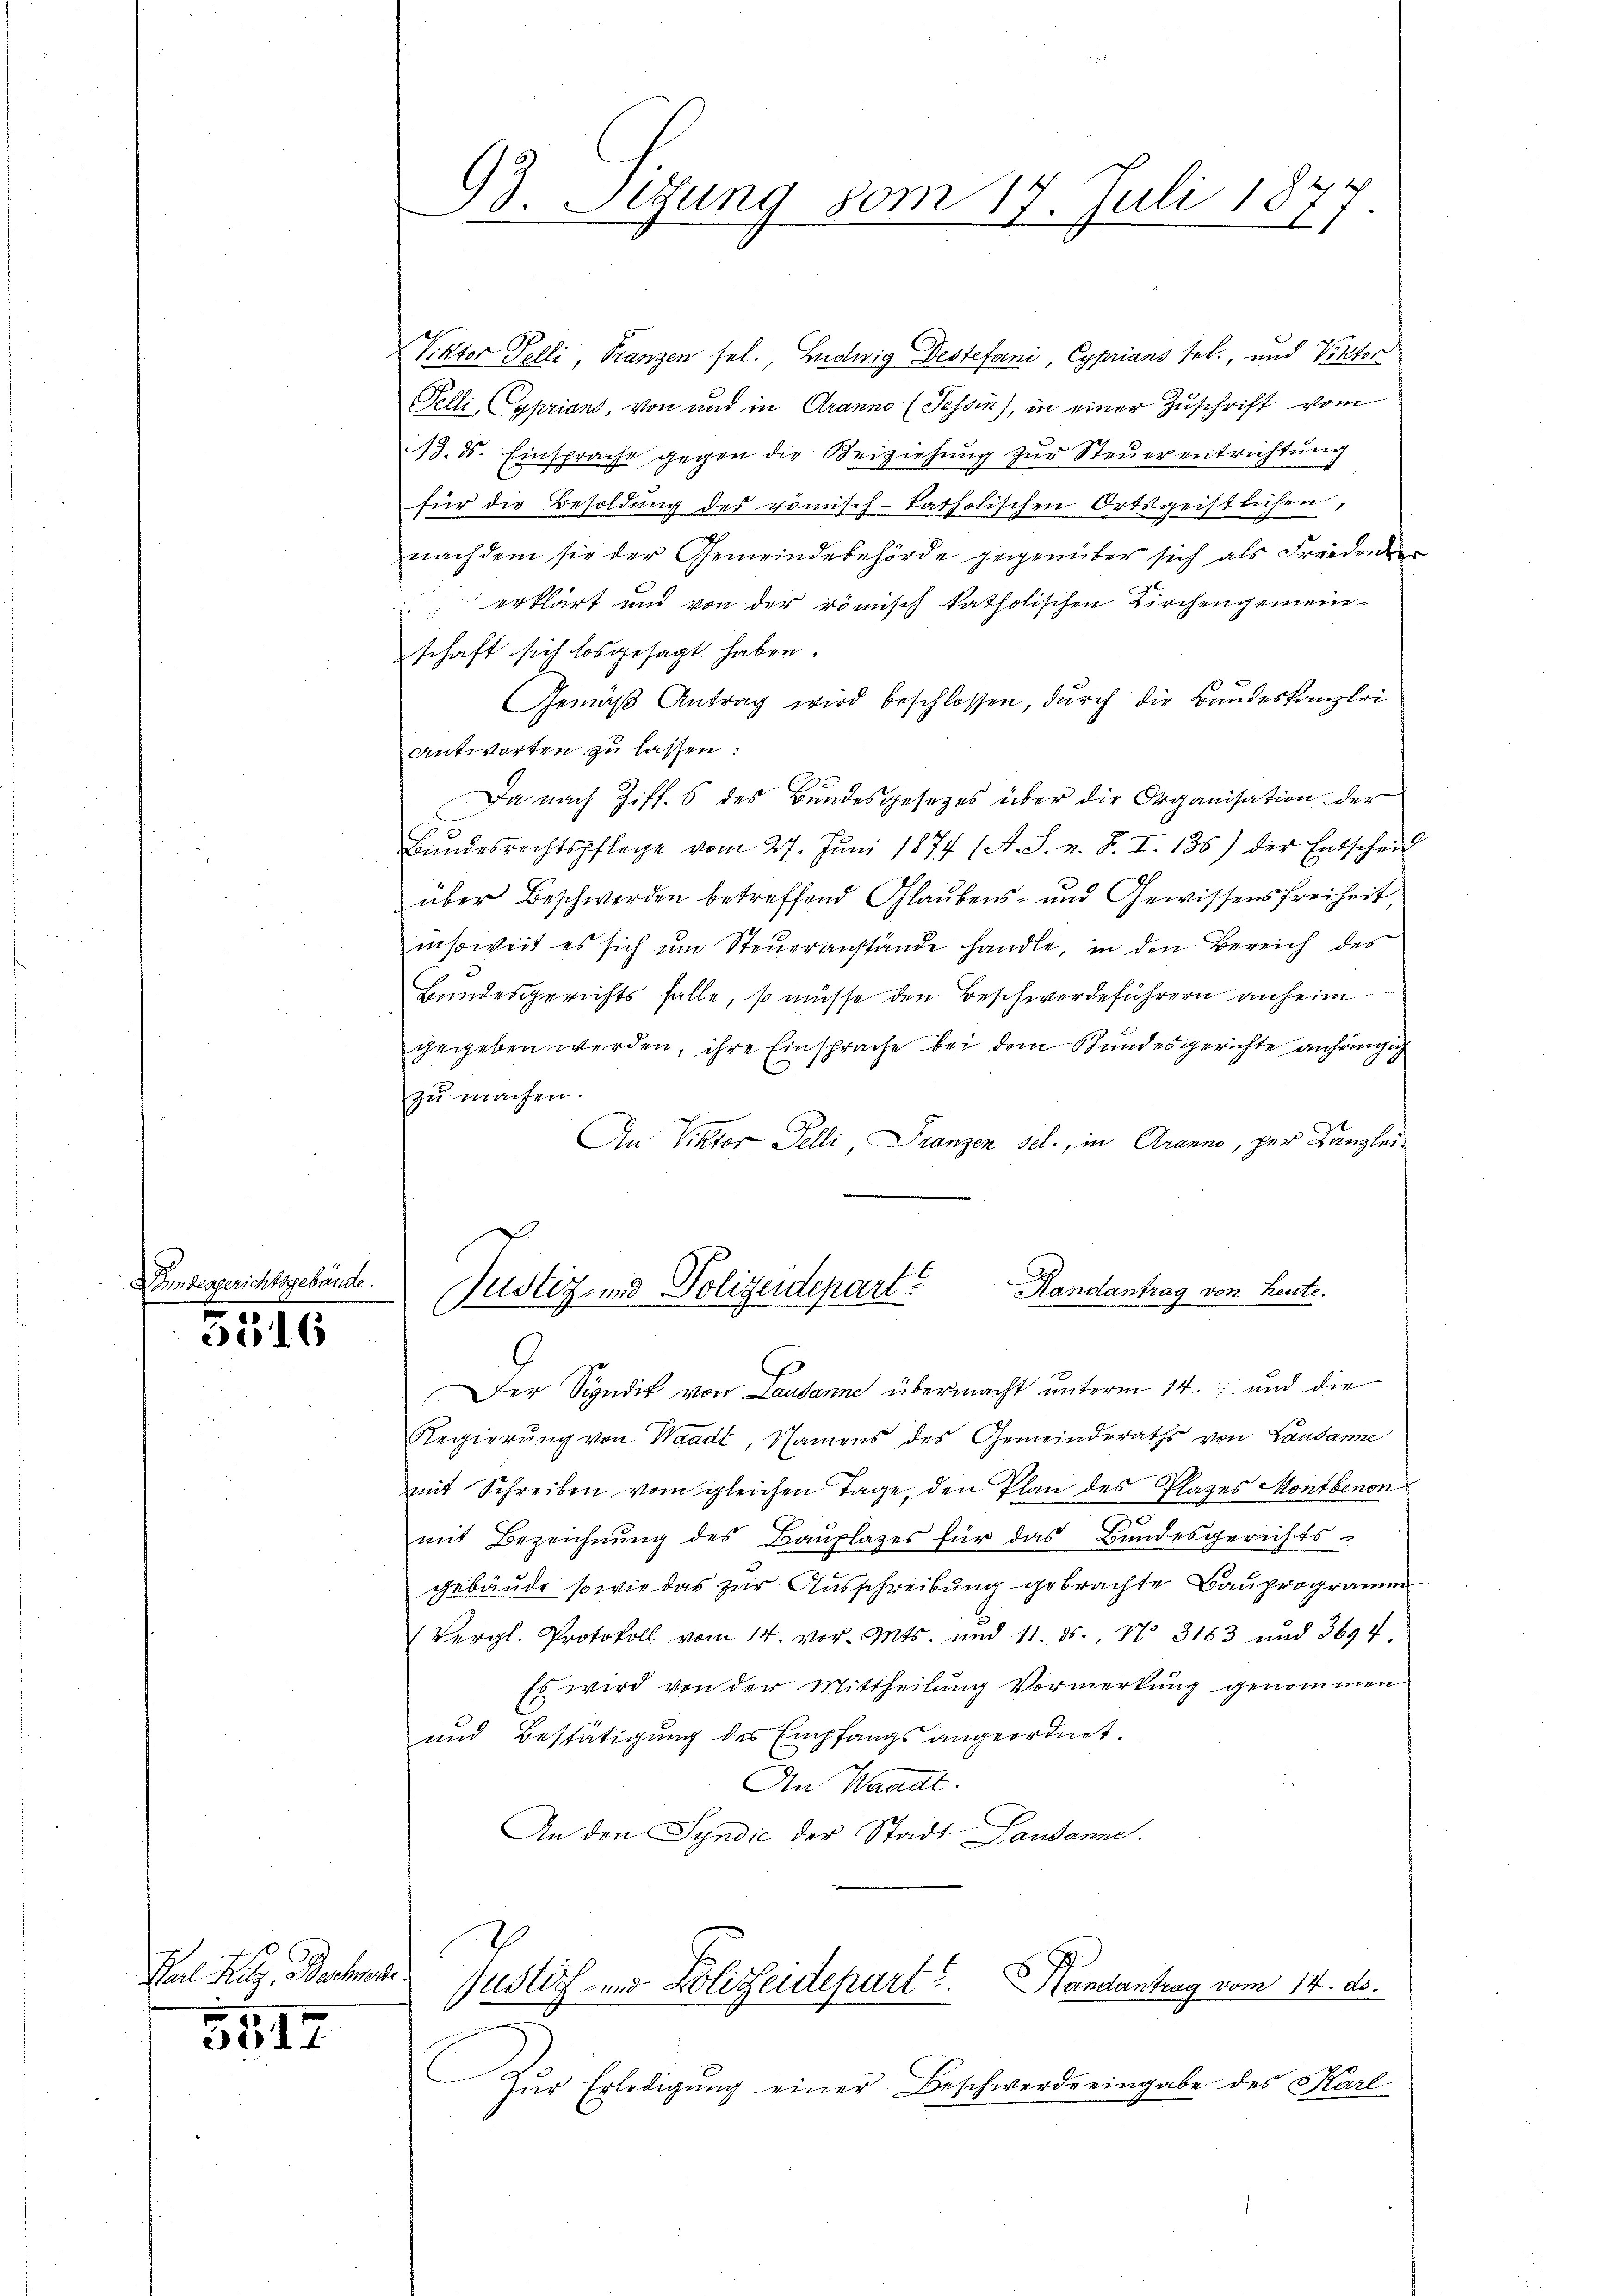
5516

Karl Ritz, Bachen

5517

Hinbergerichtsgebäude

Viktor Felli, Franzen fel., Ludwig Destefani, Cyprians sel. und Viktor
Felli, Cypriand, von und in Cranno (Tessin), in einer Zuschrift vom
13. ds. Einsprache gegen die Beiziehung zur Steuerentrichtung
für die Besoldŭng des römisch-katholischen Ortsgeistlichen,
nachdem sie der Gemeindebehörde gegenüber sich als Freiden
erklärt und von der römisch katholischen Kirchengemeinschaft sich losgesagt haben.
Gemäβ Antrag wird beschlossen, dŭrch die Bŭndeskanzlei
Antworten zu lassen:
Da nach Ziff. 6 des Bundesgesetzes über die Organisation der
Bŭndesrechtspflege vom 27. Jŭni 1874 (A. S. z. B. I. 136) der Entscheid
über Beschwerden betreffend Glaubens- und Gewissensfreiheit,
insoweit es sich um Steueranstande handle, in den Bereich des
Bundesgerichts falle, so müsse den Beschwerdeführern anheim
gegeben werden, ihre Einsprache bei dem Bundesgerichte anhängig
zu machen.
An Viktor Felli Franzen sel., in Aranno, per Canglei¬

93. Setzung vom 17. Juli 18
.

Randantrag von heute.
Justiz- und Polizeidepart?

Der Syndik von Lausanne übermacht unterm 14. und die
Regierŭng von Waadt, Namens des Gemeinderaths von Landanne
mit Schreiben vom gleichen Tage, den Plan des Plazes Montbenon
mit Bezeichnŭng des Baŭplazes für das Bundesgerichts-
gebäude, sowie das zur Ausschreibung gebrachte Bauprogramm
(Vergl. Protokoll vom 14. vor. Mts. und 11. ds., No 3163 und 3694.
Es wird von der Mittheilung Vormerkung genommen
und Bestätigung des Empfangs angeordnet.
An Waadt.
An den Syndić der Stadt Lausanne.

Zur Erledigung einer Beschwerde eingabe des Karl

Justiz- und Polizeidepart u. Handantrag vom 14. ds.